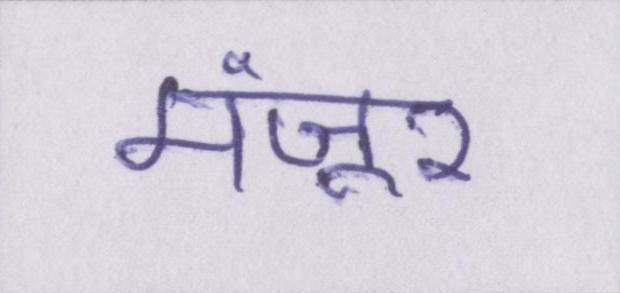
मंज़ूर